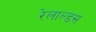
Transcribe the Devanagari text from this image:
रेलाल्डस